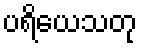
ပရိယေသတု